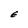
Character: E